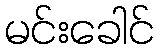
မင်းခေါင်